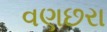
વણછરા